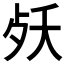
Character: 𣧕